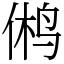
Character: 鸺